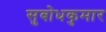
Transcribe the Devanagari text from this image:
सुबोधकुमार